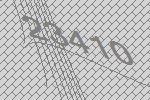
23410